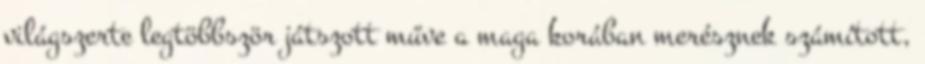
világszerte legtöbbször játszott műve a maga korában merésznek számított,